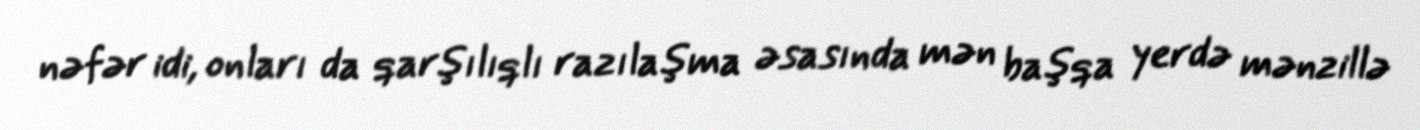
nəfər idi, onları da qarşılıqlı razılaşma əsasında mən başqa yerdə mənzillə